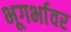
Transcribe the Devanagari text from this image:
भूगर्भावर